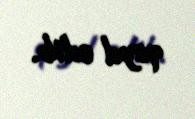
qeyd edib.